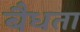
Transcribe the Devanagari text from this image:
बैधता